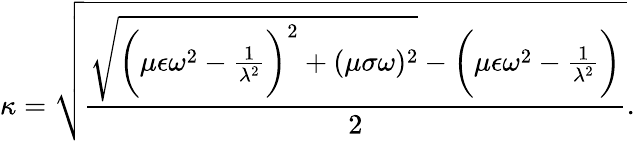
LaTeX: \kappa=\sqrt{\frac{\sqrt{\bigg(\mu\epsilon\omega^{2}-\frac{1}{\lambda^{2}}\bigg)^{2}+(\mu\sigma\omega)^{2}}-\bigg(\mu\epsilon\omega^{2}-\frac{1}{\lambda^{2}}\bigg)}{2}}.